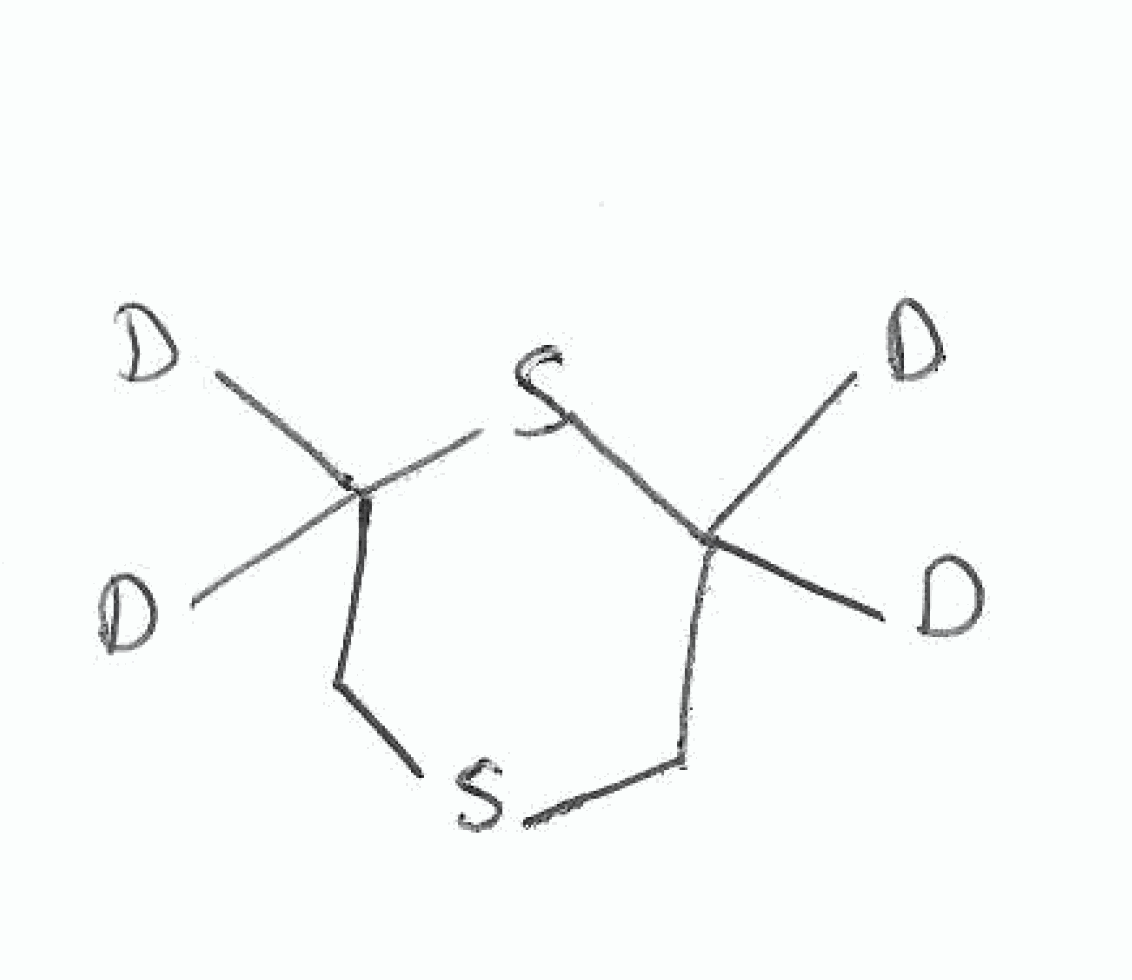
Simplified molecular-input line-entry system (SMILES) notation of the given molecule:
[2H]C1(CSCC(S1)([2H])[2H])[2H]